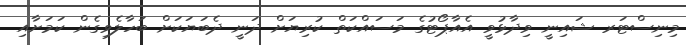
މިނިސްޓަރ ޝައިނީ ވިދާޅުވީ އެއާޕޯޓުގެ މަސައްކަތް ކުރިޔަށް ދަނީ ދެބަޔަކަށް ބަހާލެވިގެން ކަމަށާއި